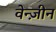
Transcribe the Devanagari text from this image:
वेन्ज़ीन